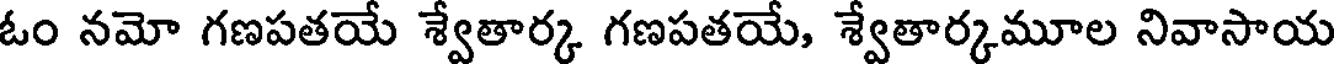
ఓం నమో గణపతయే శ్వేతార్క గణపతయే, శ్వేతార్కమూల నివాసాయ